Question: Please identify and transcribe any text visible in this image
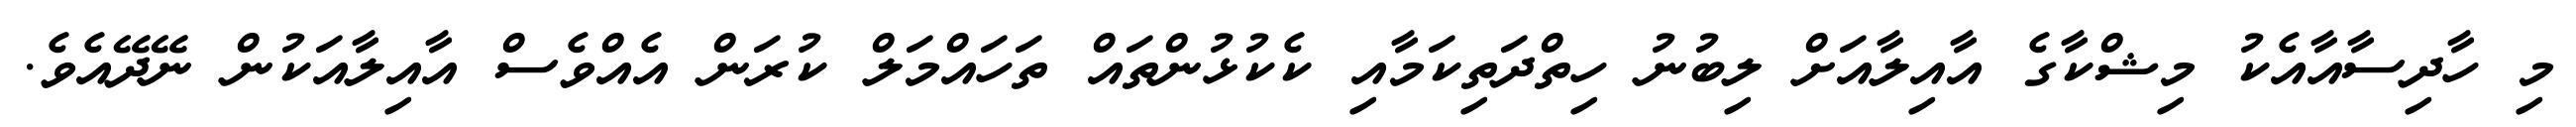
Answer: މި ހާދިސާއާއެކު މިޝްކާގެ އާއިލާއަށް ލިބުނު ހިތްދަތިކަމާއި ކެކުޅުންތައް ތަހައްމަލް ކުރަން އެއްވެސް އާއިލާއަކުން ނޭދޭއެވެ.